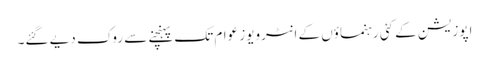
اپوزیشن کے کئی رہنماؤں کے انٹرویوز عوام تک پہنچنے سے روک دیے گئے۔